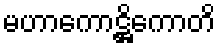
မဟာကောဋ္ဌိကောတိ